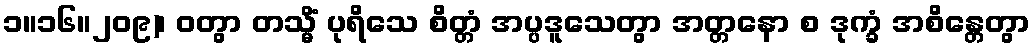
၁။၁၆။၂၀၉)၊ ဝတွာ တသ္မိံ ပုရိသေ စိတ္တံ အပ္ပဒူသေတွာ အတ္တနော စ ဒုက္ခံ အစိန္တေတွာ